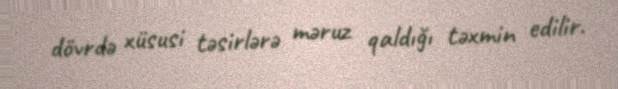
dövrdə xüsusi təsirlərə məruz qaldığı təxmin edilir.